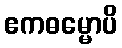
ဧကဓမ္မောပိ